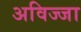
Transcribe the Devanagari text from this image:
अविज्जा